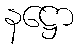
နဋ္ဌော